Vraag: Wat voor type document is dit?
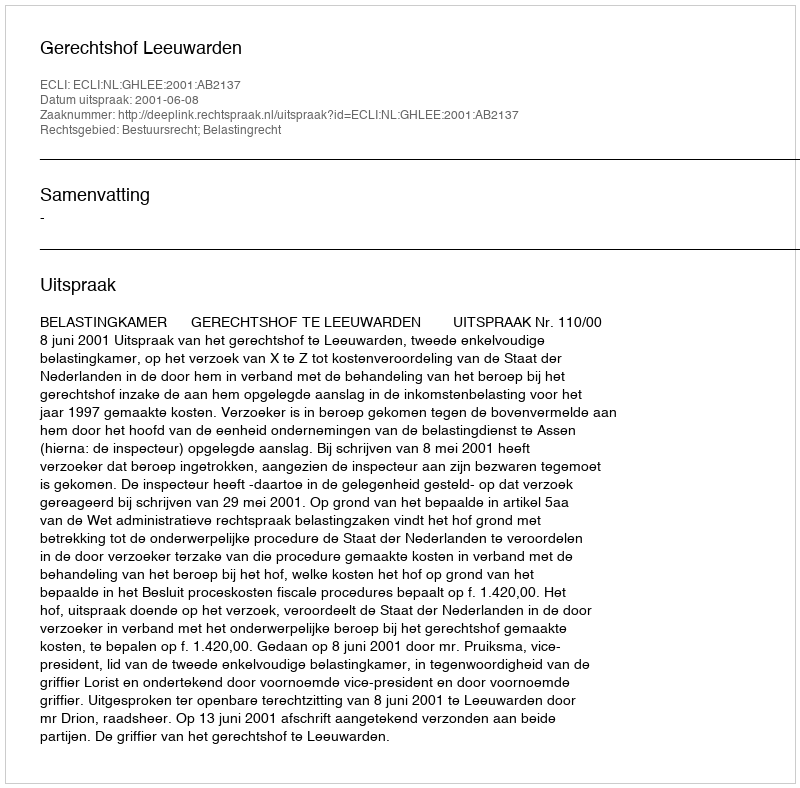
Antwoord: Uitspraak